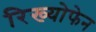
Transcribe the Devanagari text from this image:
रिख्योफेन